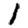
Digit: 1